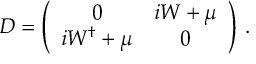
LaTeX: { \cal D } = \left( \begin{array} { c c } { { 0 } } & { { i W + \mu } } \\ { { i W ^ { \dagger } + \mu } } & { { 0 } } \end{array} \right) \: .